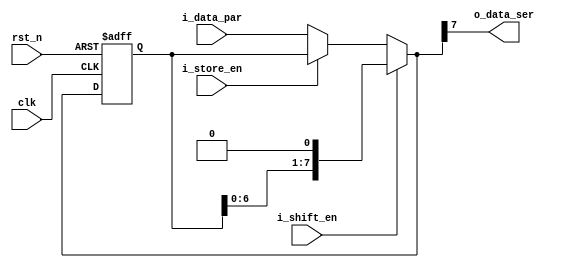
// +FHDR -----------------------------------------------------------------------
// Copyright (c) Silicon Optronics. Inc. 2021
//
// Version:             $i_shift_envision$
// Last Modified On:    8/26
// Last Modified By:    $Author$
//
// File Description:   parallel to serial
//                      
// Clock Domain: clk
// -FHDR -----------------------------------------------------------------------

module i2cm_p2s_dp
(

//----------------------------------------------//
// Output declaration                           //
//----------------------------------------------//

output              o_data_ser,

//----------------------------------------------//
// Input declaration                            //
//----------------------------------------------//

input               clk,
input               rst_n,
input               i_shift_en, 
input               i_store_en,
input [7:0]         i_data_par

);

//----------------------------------------------//
// register declaration                         //
//----------------------------------------------//

reg   [7:0]         shift_reg;
wire  [7:0]         shift_reg_nxt;

//----------------------------------------------//
// Code Descriptions                            //
//----------------------------------------------//

assign shift_reg_nxt  = i_shift_en ? shift_reg << 1 :           //data will shift when shift_en enable 
                        (i_store_en ? shift_reg : i_data_par);  //if i_store_en is 1 , p2s will load the external data . 
assign o_data_ser     = shift_reg_nxt[7];

always@(posedge clk or negedge rst_n) begin
  if(~rst_n) 
    shift_reg         <= 8'h00;
  else 
    shift_reg         <= shift_reg_nxt;
end

endmodule